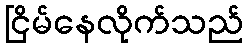
ငြိမ်နေလိုက်သည်